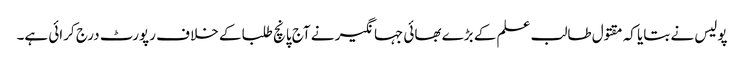
پولیس نے بتایا کہ مقتول طالب علم کے بڑے بھائی جہانگیر نے آج پانچ طلبا کے خلا ف رپورٹ درج کرائی ہے۔